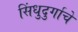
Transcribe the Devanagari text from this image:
सिंधुदुर्गाचे